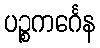
ပဉ္စကင်္ဂေန